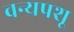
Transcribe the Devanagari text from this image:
वन्यपशू